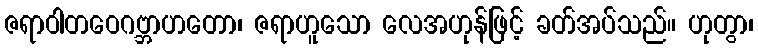
ဇရာဝါတဝေဂဗ္ဘာဟတော၊ ဇရာဟူသော လေအဟုန်ဖြင့် ခတ်အပ်သည်။ ဟုတွာ၊